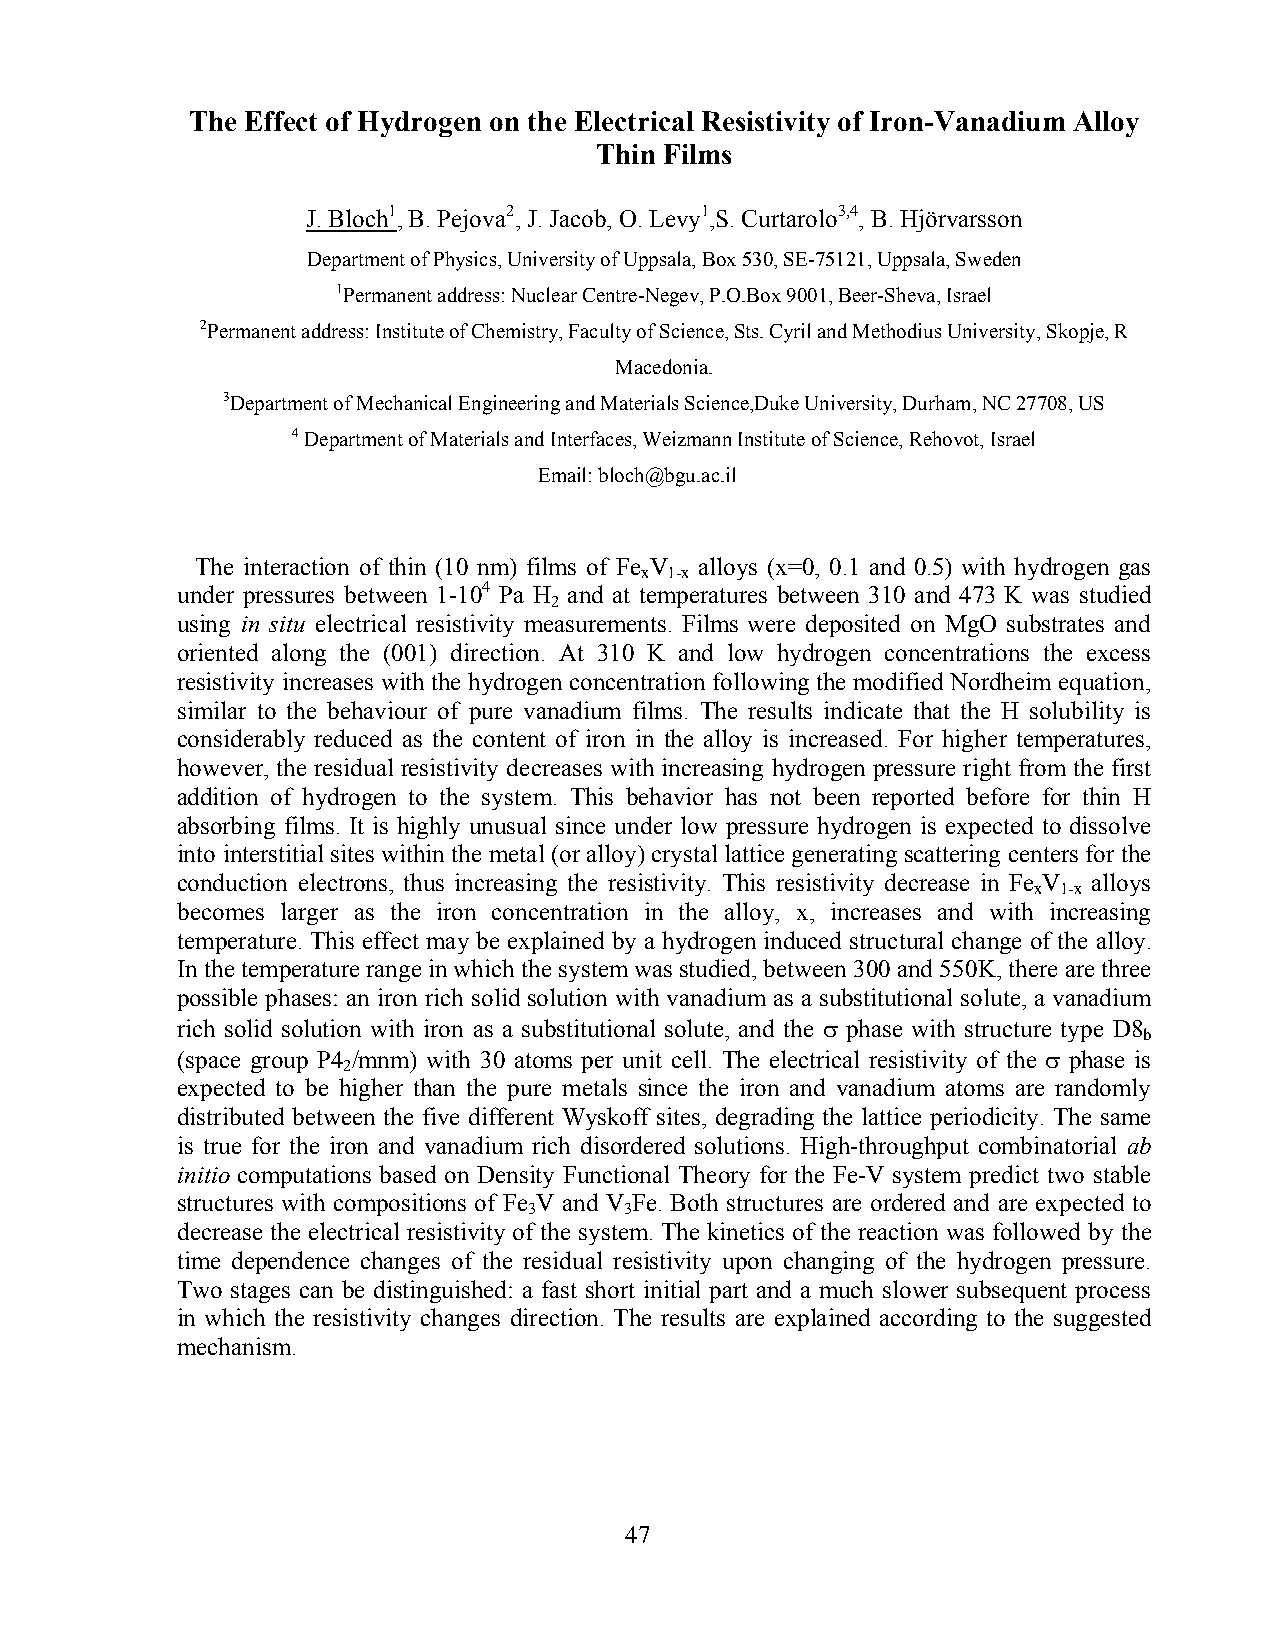
The Effect of Hydrogen on the Electrical Resistivity of Iron-Vanadium Alloy
 Thin Films
 J. Bloch1, B. Pejova2, J. Jacob, O. Levy1,S. Curtarolo3,4, B. Hjörvarsson
 Department of Physics, University of Uppsala, Box 530, SE-75121, Uppsala, Sweden
 1Permanent address: Nuclear Centre-Negev, P.O.Box 9001, Beer-Sheva, Israel
 2Permanent address: Institute of Chemistry, Faculty of Science, Sts. Cyril and Methodius University, Skopje, R
 Macedonia.
 3Department of Mechanical Engineering and Materials Science,Duke University, Durham, NC 27708, US
 4 Department of Materials and Interfaces, Weizmann Institute of Science, Rehovot, Israel
 Email: bloch@bgu.ac.il
 The interaction of thin (10 nm) films of Fe V alloys (x=0, 0.1 and 0.5) with hydrogen gas
 x 1-x
 under pressures between 1-104 Pa H and at temperatures between 310 and 473 K was studied
 2
 using in situ electrical resistivity measurements. Films were deposited on MgO substrates and
 oriented along the (001) direction. At 310 K and low hydrogen concentrations the excess
 resistivity increases with the hydrogen concentration following the modified Nordheim equation,
 similar to the behaviour of pure vanadium films. The results indicate that the H solubility is
 considerably reduced as the content of iron in the alloy is increased. For higher temperatures,
 however, the residual resistivity decreases with increasing hydrogen pressure right from the first
 addition of hydrogen to the system. This behavior has not been reported before for thin H
 absorbing films. It is highly unusual since under low pressure hydrogen is expected to dissolve
 into interstitial sites within the metal (or alloy) crystal lattice generating scattering centers for the
 conduction electrons, thus increasing the resistivity. This resistivity decrease in Fe V alloys
 x 1-x
 becomes larger as the iron concentration in the alloy, x, increases and with increasing
 temperature. This effect may be explained by a hydrogen induced structural change of the alloy.
 In the temperature range in which the system was studied, between 300 and 550K, there are three
 possible phases: an iron rich solid solution with vanadium as a substitutional solute, a vanadium
 rich solid solution with iron as a substitutional solute, and the σ phase with structure type D8
 b
 (space group P4 /mnm) with 30 atoms per unit cell. The electrical resistivity of the σ phase is
 2
 expected to be higher than the pure metals since the iron and vanadium atoms are randomly
 distributed between the five different Wyskoff sites, degrading the lattice periodicity. The same
 is true for the iron and vanadium rich disordered solutions. High-throughput combinatorial ab
 initio computations based on Density Functional Theory for the Fe-V system predict two stable
 structures with compositions of Fe V and V Fe. Both structures are ordered and are expected to
 3     3
 decrease the electrical resistivity of the system. The kinetics of the reaction was followed by the
 time dependence changes of the residual resistivity upon changing of the hydrogen pressure.
 Two stages can be distinguished: a fast short initial part and a much slower subsequent process
 in which the resistivity changes direction. The results are explained according to the suggested
 mechanism.
 47